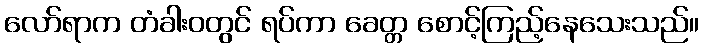
လော်ရာက တံခါးဝတွင် ရပ်ကာ ခေတ္တ စောင့်ကြည့်နေသေးသည်။